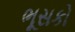
ભૂસકો